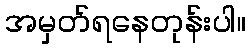
အမှတ်ရနေတုန်းပါ။